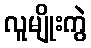
လူမျိုးကွဲ